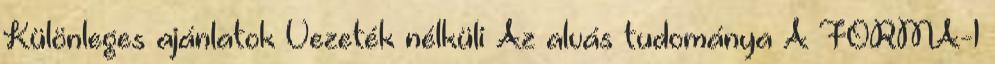
Különleges ajánlatok Vezeték nélküli Az alvás tudománya A FORMA-1